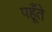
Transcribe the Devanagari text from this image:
पहूँते